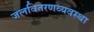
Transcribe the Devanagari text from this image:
जलवितरणव्यवस्था